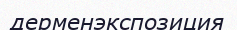
дерменэкспозиция